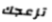
تزعجك